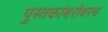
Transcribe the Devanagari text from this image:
पुस्तकांबरोबरच